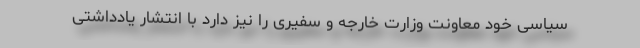
سیاسی خود معاونت وزارت خارجه و سفیری را نیز دارد با انتشار یادداشتی